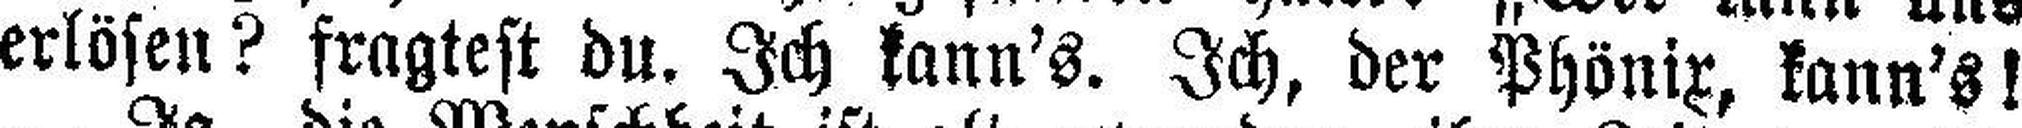
erlösen? fragtest du. Ich kann's. Ich, der Phönix, kann's!